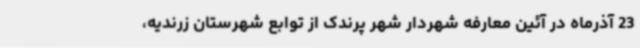
23 آذرماه در آئین معارفه شهردار شهر پرندک از توابع شهرستان زرندیه،